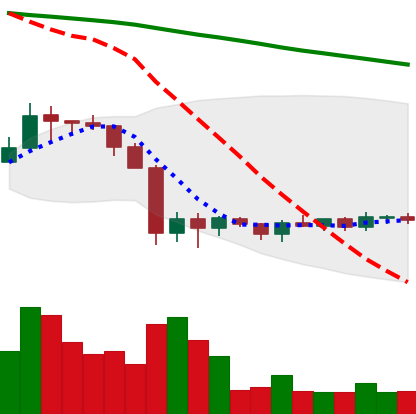
Ticker: ADA-USD
Chart end date: 2019-10-06
Forward return: 3.303%
Label: up_3_5